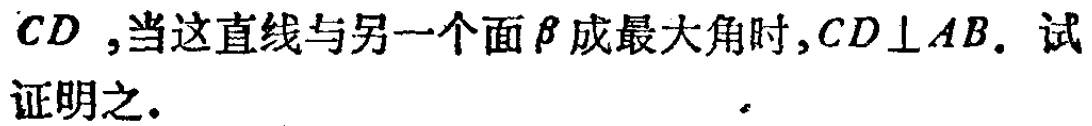
$CD$ ,当这直线与另一个面$\beta$成最大角时,$CD\perp AB$. 试证明之.